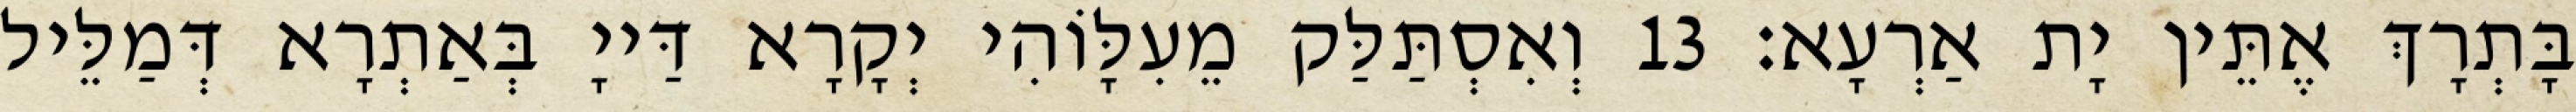
בָּתְרָךְ אֶתֵּין יָת אַרְעָא׃ 13 וְאִסְתַּלַּק מֵעִלָּוֹהִי יְקָרָא דַּייָ בְּאַתְרָא דְּמַלֵּיל